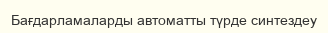
Бағдарламаларды автоматты түрде синтездеу